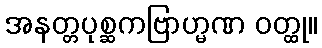
အနတ္တပုစ္ဆကဗြာဟ္မဏ ဝတ္ထု။